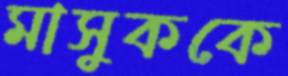
মাসুককে